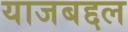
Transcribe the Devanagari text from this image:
याजबद्दल